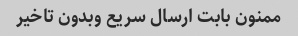
ممنون بابت ارسال سریع وبدون تاخیر